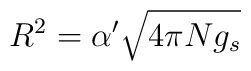
R^{2}=\alpha'\sqrt{4\pi N g_{s}}\